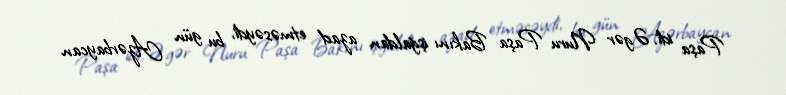
Paşa idi. Əgər Nuru Paşa Bakını işğaldan azad etməsəydi, bu gün Azərbaycan